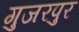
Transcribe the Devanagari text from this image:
गुजरपुर